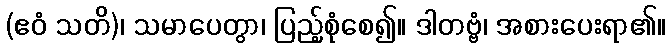
(ဧဝံ သတိ)၊ သမာပေတွာ၊ ပြည့်စုံစေ၍။ ဒါတဗ္ဗံ၊ အစားပေးရာ၏။